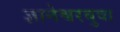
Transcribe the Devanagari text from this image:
ज्ञानेश्वरबुवा